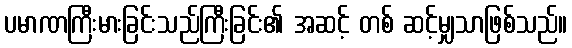
ပမာဏကြီးမားခြင်းသည်ကြီးခြင်း၏ အဆင့် တစ် ဆင့်မျှသာဖြစ်သည်။